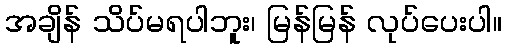
အချိန် သိပ်မရပါဘူး၊ မြန်မြန် လုပ်ပေးပါ။